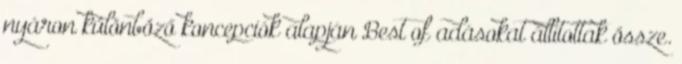
nyáron különböző koncepciók alapján Best of adásokat állítottak össze.